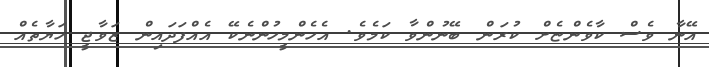
އޭނާ ވެސް ކާވެންޏެށް ކުރަން ބޭނުންވާ ކަމެވެ. އެހެންމީހުންނެކޭ އެއްފަދައިން ޒަވާޖީ ހަޔާތެއް